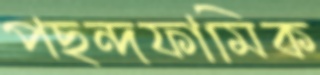
পছন্দফামিক